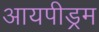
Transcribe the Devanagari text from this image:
आयपीड्रम